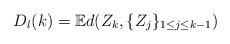
LaTeX: \begin{align*}D_l(k) = \mathbb{E}d(Z_k,\{Z_j\}_{1 \leq j \leq k-1})\end{align*}